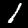
Digit: 1